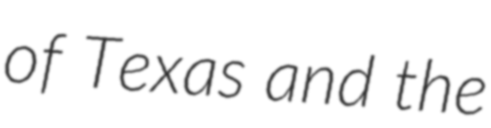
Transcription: of Texas and the